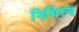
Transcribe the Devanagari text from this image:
निमित्त्य